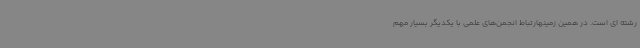
رشته ای است. در همین زمینهارتباط انجمن‌های علمی با یکدیگر بسیار مهم